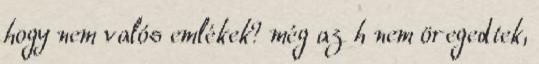
hogy nem valós emlékek? még az h nem öregedtek,